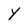
Character: Y